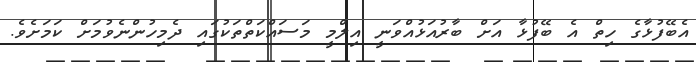
އެބޭފުޅާގެ ހިތް އެ ބޭފުޅާ އަށް ބާރުއަޅުއްވަނީ އިލްމީ މަސައްކަތްތަކުގައި ދެމިހުންނެވުމަށް ކަމަށެވެ.